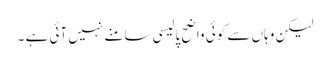
لیکن وہاں سے کوئی واضح پالیسی سامنے نہیں آئی ہے ۔